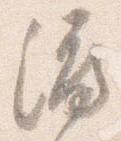
渡